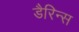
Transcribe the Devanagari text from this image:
डैरिन्स